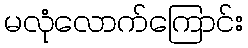
မလုံလောက်ကြောင်း